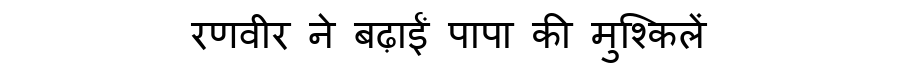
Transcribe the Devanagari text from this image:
रणवीर ने बढ़ाईं पापा की मुश्किलें